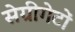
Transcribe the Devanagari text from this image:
सेग्रीगेटों